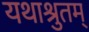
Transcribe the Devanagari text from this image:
यथाश्रुतम्